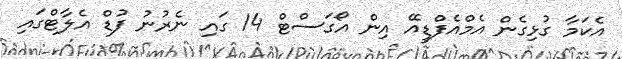
އެކަމާ ގުޅިގެން އެމްއެފްޑީއޭ އިން އޯގަސްޓް 14 ގައި ނެރުނު ފުޑް އެލާޓްގައި